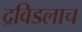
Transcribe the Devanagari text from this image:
द्रविडलाच